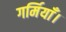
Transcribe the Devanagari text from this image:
गर्मियाँ।